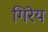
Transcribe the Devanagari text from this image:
गिरेय